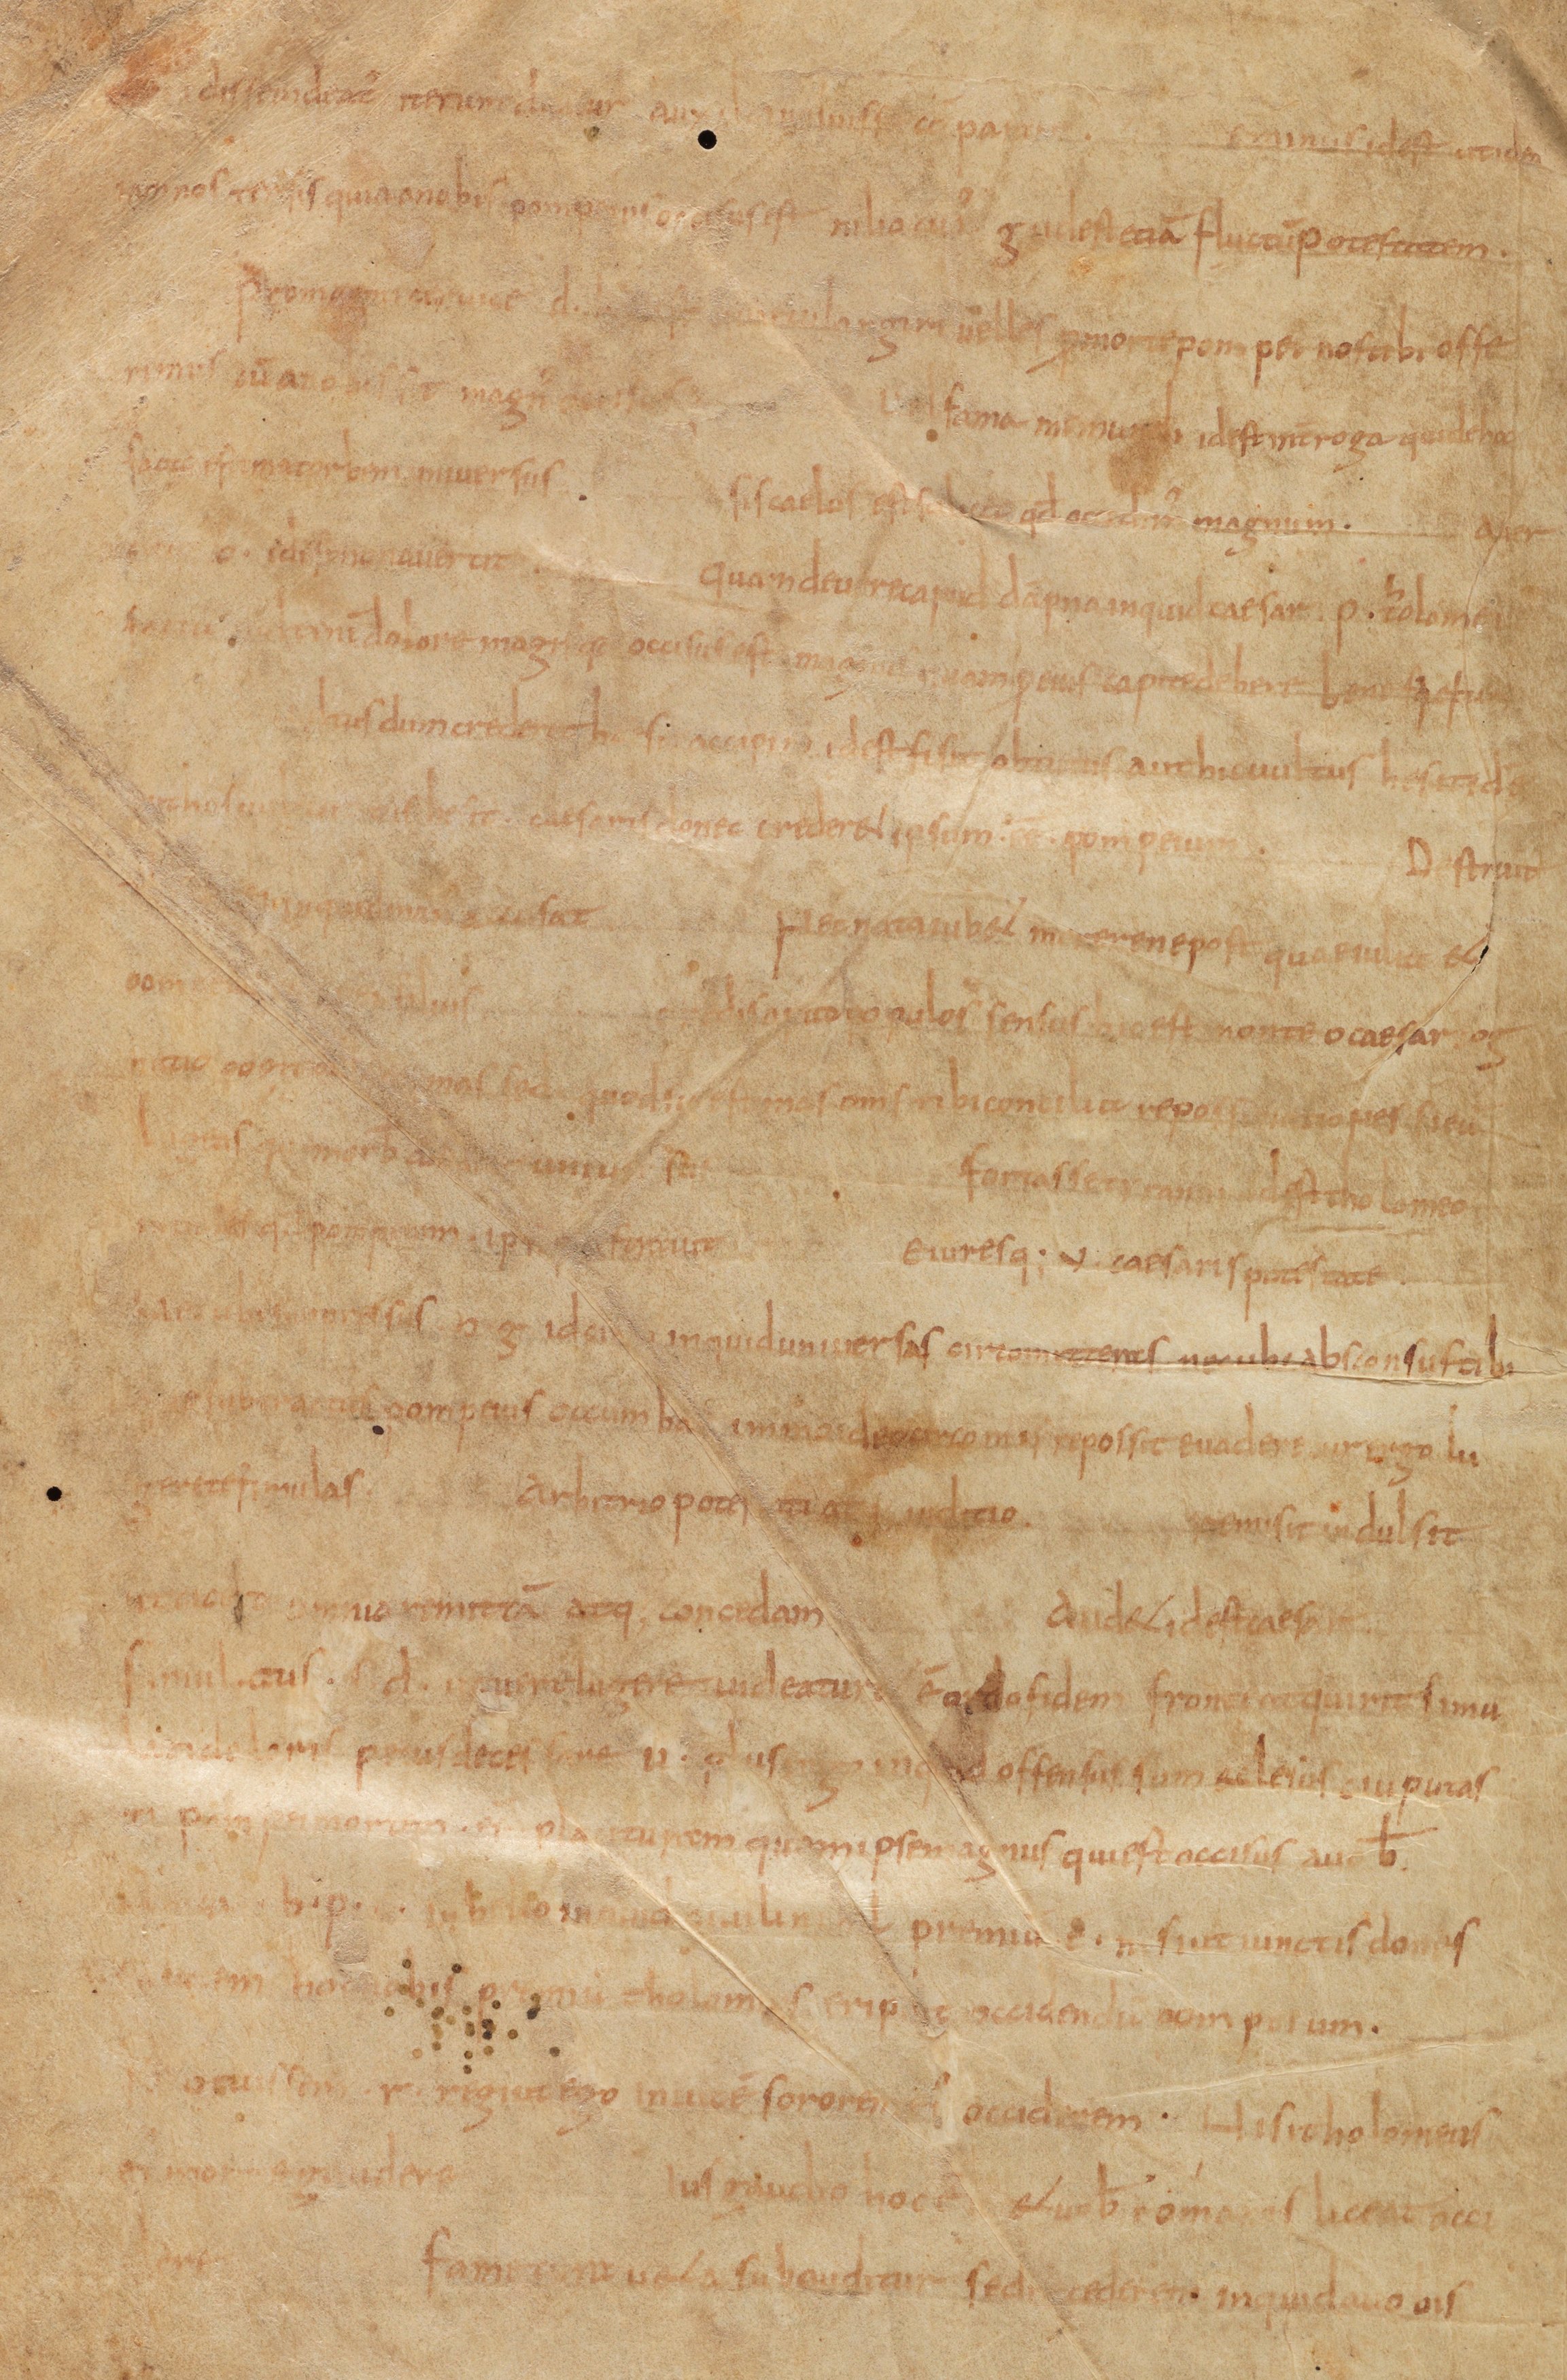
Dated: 885–899